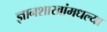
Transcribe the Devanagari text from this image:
ज्ञानशाखांमधल्या